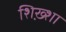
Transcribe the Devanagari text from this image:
शिख़्शा